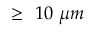
\ge ~ 1 0 ~ \mu m